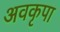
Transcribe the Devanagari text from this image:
अवकृपा